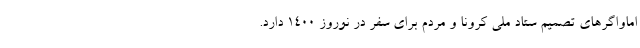
اماواگرهای تصمیم ستاد ملی کرونا و مردم برای سفر در نوروز 1400 دارد.